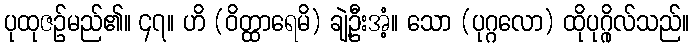
ပုထုဇဉ်မည်၏။ ၄၇။ ဟိ (ဝိတ္ထာရေမိ) ချဲ့ဦးအံ့။ သော (ပုဂ္ဂလော) ထိုပုဂ္ဂိုလ်သည်။